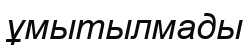
ұмытылмады